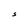
Character: S